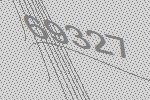
69327